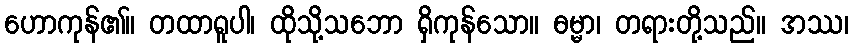
ဟောကုန်၏။ တထာရူပါ၊ ထိုသို့သဘော ရှိကုန်သော။ ဓမ္မာ၊ တရားတို့သည်။ အဿ၊